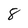
Character: 8